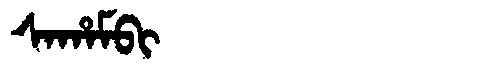
Manchu: ᠰᠠᡥᠠᠮᠪᡳ
Romanization: SAHAMBI